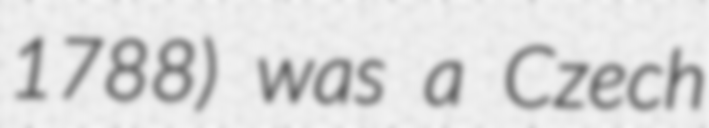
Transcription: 1788) was a Czech